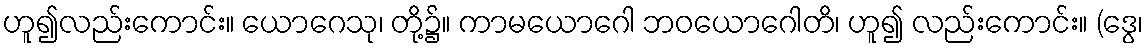
ဟူ၍လည်းကောင်း။ ယောဂေသု၊ တို့၌။ ကာမယောဂေါ ဘဝယောဂေါတိ၊ ဟူ၍ လည်းကောင်း။ (ဒွေ၊